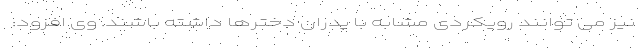
نیز می توانند رویکردی مشابه با پدران دخترها داشته باشند. وی افزود: